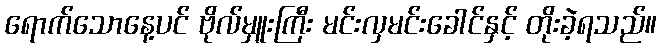
ရောက်သောနေ့ပင် ဗိုလ်မှူးကြီး မင်းလှမင်းခေါင်နှင့် တိုးခဲ့ရသည်။